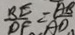
\frac { B E } { D F } = \frac { A B } { A D , }